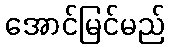
အောင်မြင်မည်